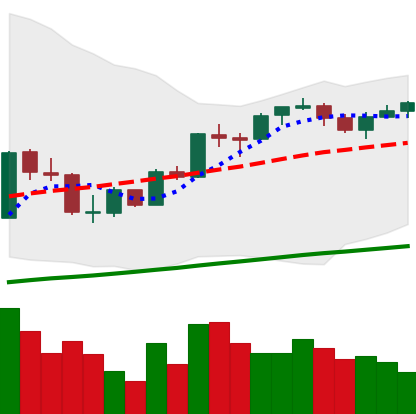
Ticker: BTC-USD
Chart end date: 2017-10-07
Forward return: 23.042%
Label: up_7plus